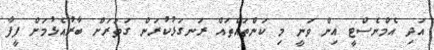
އަދި އެމްނެސްޓީ އިން ވަނީ މި ކަންތައްތައް ރަނގަޅުކުރަން ގަތަރަށް ބާރުއެޅުމަށް ފީފާ